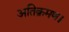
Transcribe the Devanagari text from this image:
अतिक्रमण।